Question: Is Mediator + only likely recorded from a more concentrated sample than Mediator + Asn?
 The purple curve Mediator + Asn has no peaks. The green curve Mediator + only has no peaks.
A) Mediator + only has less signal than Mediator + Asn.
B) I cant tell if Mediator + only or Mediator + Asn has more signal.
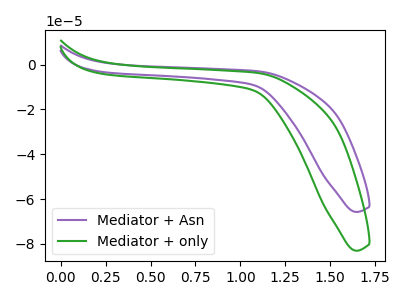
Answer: <think>Neither "Mediator + only" or "Mediator + Asn" have any peaks.
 </think>
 <answer>B) I cant tell if "Mediator + only" or "Mediator + Asn" has more signal.</answer>
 <eval>B</eval>